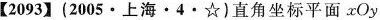
【2093】(2005·上海·4·☆)直角坐标平面xOy